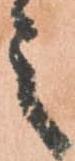
之